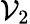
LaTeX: \mathcal{V}_{2}